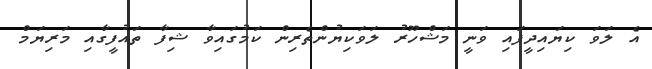
އެ ލަވަ ކިޔައިދީފައި ވަނީ މަޝްހޫރު ލަވަކިޔުންތެރިން ކަމުގައިވާ ޝިފާ ތައުފީގާއި މަރިޔަމް